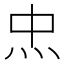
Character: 𤆪